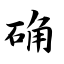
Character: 确